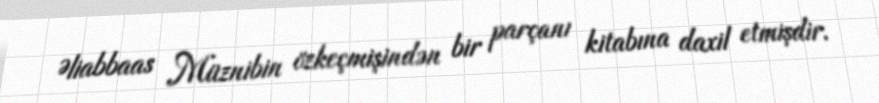
Əliabbaas Müznibin özkeçmişindən bir parçanı kitabına daxil etmişdir.